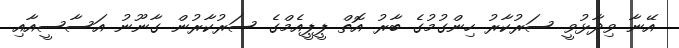
އޭނާ ވިދާޅުވީ ސަރުކާރު ހިންގުމުގެ ބާރު އޮތް ޕީޕީއެމްގެ ސަރުކާރުން ގާނޫނު އަސާސީއާއި